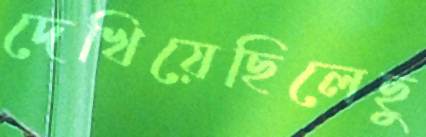
দেখিয়েছিলেছু